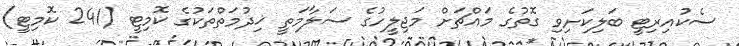
ސެކުއިރިޓީ ބަލިކަށިވި ގޮތުގެ މައްޗަށް މަޖިލީހުގެ ސަލާމަތީ ޚިދުމަތްތަކުގެ ކޮމިޓީ (241 ކޮމިޓީ)